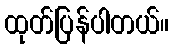
ထုတ်ပြန်ပါတယ်။